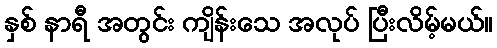
နှစ် နာရီ အတွင်း ကျိန်းသေ အလုပ် ပြီးလိမ့်မယ်။